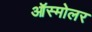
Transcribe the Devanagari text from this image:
ऑस्मोलर